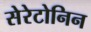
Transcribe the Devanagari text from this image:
सेरेटोनिन